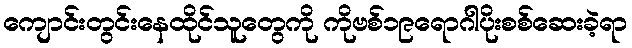
ကျောင်းတွင်းနေထိုင်သူတွေကို ကိုဗစ်၁၉ရောဂါပိုးစစ်ဆေးခဲ့ရာ